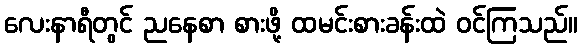
လေးနာရီတွင် ညနေစာ စားဖို့ ထမင်းစားခန်းထဲ ဝင်ကြသည်။